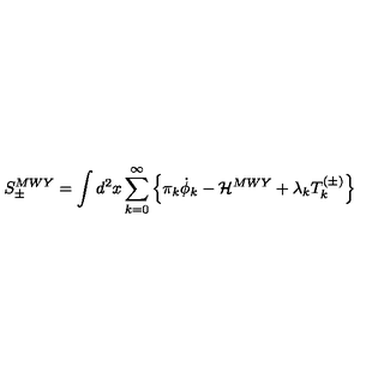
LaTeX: S _ { \pm } ^ { M W Y } = \int d ^ { 2 } x \sum _ { k = 0 } ^ { \infty } \left\{ \pi _ { k } \dot { \phi } _ { k } - { \cal H } ^ { M W Y } + \lambda _ { k } T _ { k } ^ { ( \pm ) } \right\}